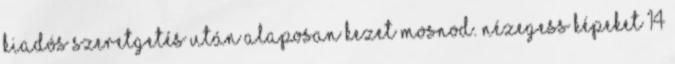
kiadós szeretgetés után alaposan kezet mosnod. Nézegess képeket 14